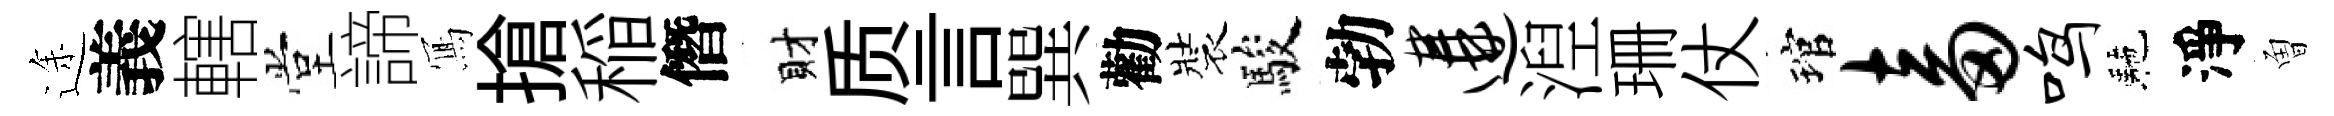
途義轄堂諦𭂁搶稲僭財质言巽勸裝駿勃遘湼珊仗琯畜鸣駰淨曽